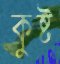
কুষ্ট